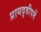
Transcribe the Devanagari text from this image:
प्रायद्वीपमें